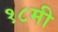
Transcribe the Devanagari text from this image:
१८मी